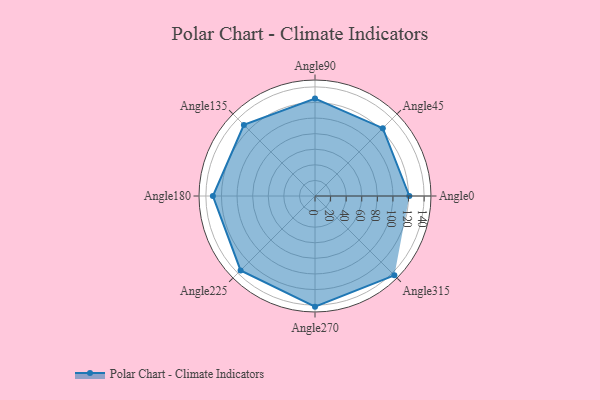
{"axis": {"x": "Angle", "y": "Radius"}, "legend": [""], "data": [{"x": "Angle0", "y": 121.0, "type": ""}, {"x": "Angle45", "y": 123.0, "type": ""}, {"x": "Angle90", "y": 125.0, "type": ""}, {"x": "Angle135", "y": 129.0, "type": ""}, {"x": "Angle180", "y": 131.0, "type": ""}, {"x": "Angle225", "y": 135.0, "type": ""}, {"x": "Angle270", "y": 142.0, "type": ""}, {"x": "Angle315", "y": 144.0, "type": ""}]}